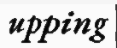
upping